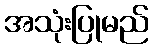
အသုံးပြုမည်